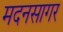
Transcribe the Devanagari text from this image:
मदनसागर